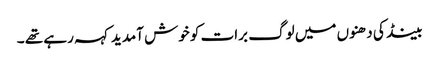
بینڈ کی دھنوں میں لوگ برات کو خوش آمدید کہہ رہے تھے ۔